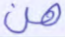
هن